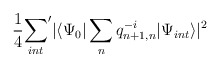
\begin{align*}\frac14 {\sum_{int}}' | \langle \Psi_0 | \sum_{n} q^{-i}_{n+1,n} | \Psi_{int} \rangle|^2\end{align*}